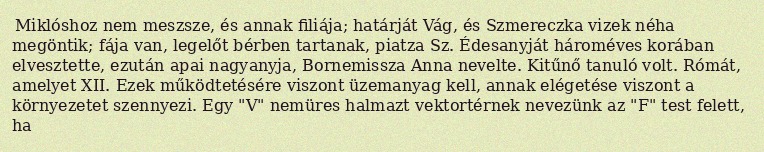
Miklóshoz nem meszsze, és annak filiája; határját Vág, és Szmereczka vizek néha megöntik; fája van, legelőt bérben tartanak, piatza Sz. Édesanyját hároméves korában elvesztette, ezután apai nagyanyja, Bornemissza Anna nevelte. Kitűnő tanuló volt. Rómát, amelyet XII. Ezek működtetésére viszont üzemanyag kell, annak elégetése viszont a környezetet szennyezi. Egy "V" nemüres halmazt vektortérnek nevezünk az "F" test felett, ha